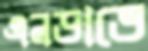
এনডাভে